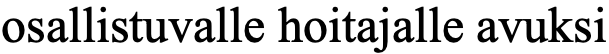
osallistuvalle hoitajalle avuksi